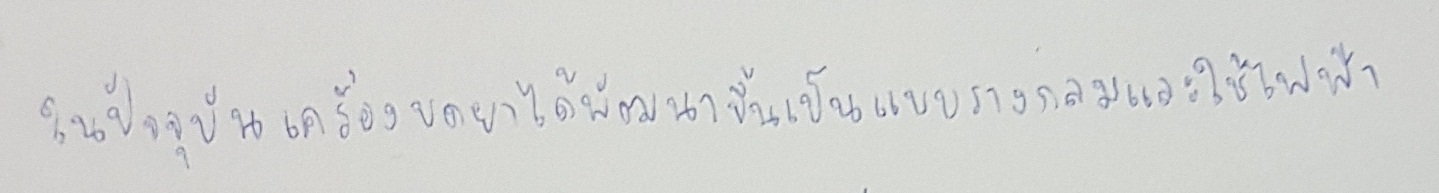
ในปัจจุบันเครื่องบดยาได้พัฒนาขึ้นเป็นแบบรางกลมและใช้ไฟฟ้า